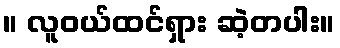
။ လူဝယ်ထင်ရှား ဆဲ့တပါး။